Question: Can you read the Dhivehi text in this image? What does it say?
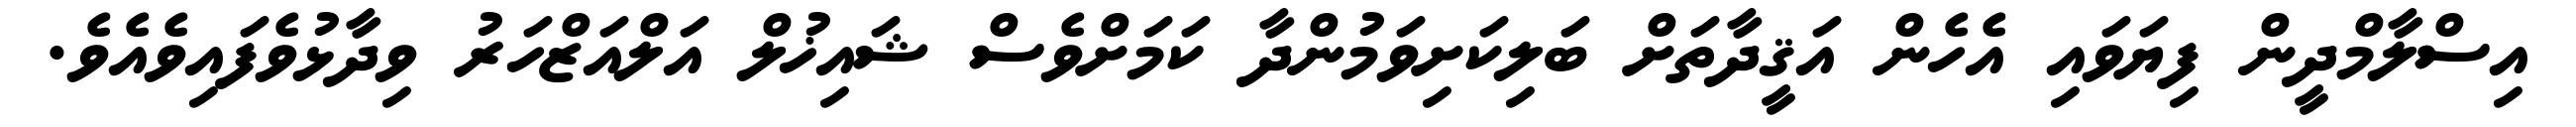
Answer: އިސްލާމްދީން ފިޔަވައި އެހެން އަޤީދާތަށް ބަލިކަށިވަމުންދާ ކަމަށްވެސް ޝައިޚުލް އަލްއަޒްހަރު ވިދާޅުވެފައިވެއެވެ.